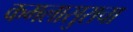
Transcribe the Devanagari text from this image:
कमलासुराचा